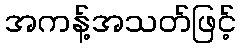
အကန့်အသတ်ဖြင့်